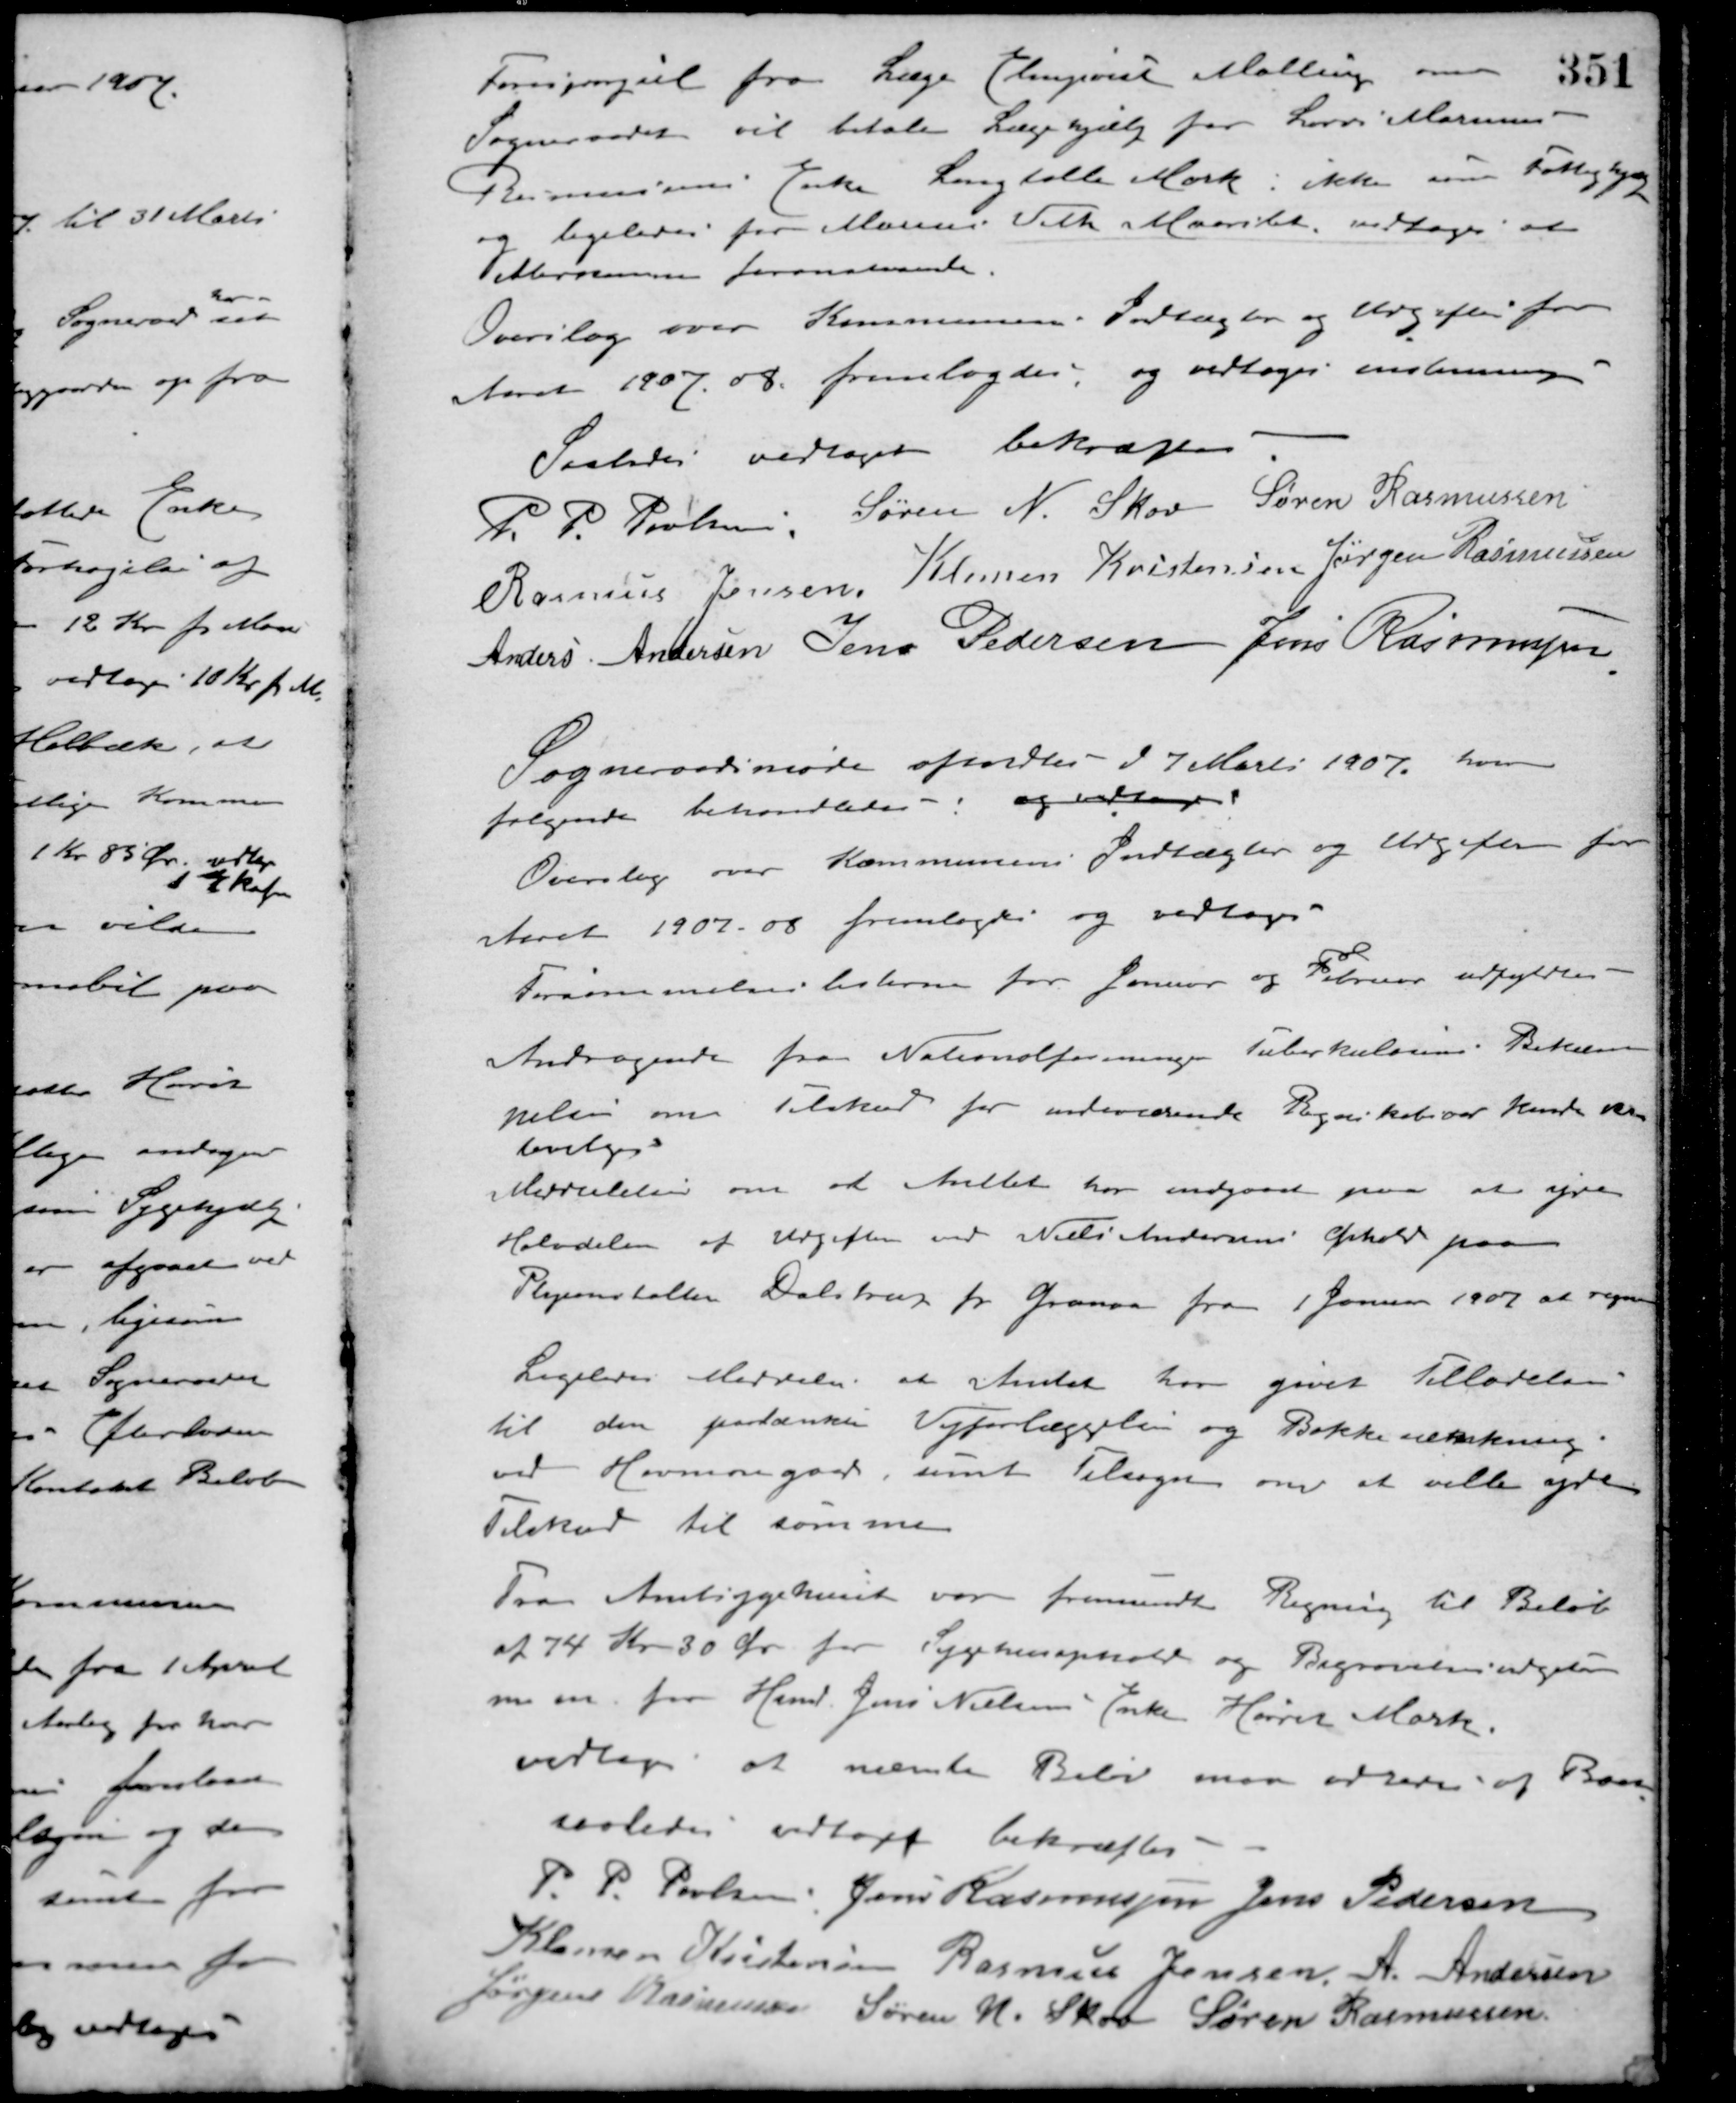
Transskription:
Forespørgsel fra Læge Elmquist Malling om
Sogneraadet vil betale Lægehjælp for Lars Marius
Rasmussens Enke Langballe Mark : ikke som Fattighjælp
og ligeledes for Marius Vith Maarslet vedtoges at
efterkomme foranstaaende.
Overslag over Kommunens Indtægter og Udgifter for
Aaret 1907. 08 fremlagdes, og vedtoges enstemmigt
Saaledes vedtaget bekræftes
P. P. Poulsen Søren N. Skov Søren Rasmussen
Rasmus Jensen Klemen Kristensen Jørgen Rasmussen
Anders Andersen Jens Pedersen Jens Rasmussen
Sogneraadsmøde afholdtes d 7 Marts 1907 hvor
følgende behandledes: og vedtoges
Overslag over Kommunens Indtægter og Udgifter for
Aaret 1907. 08 fremlagdes og vedtoges.
Forsømmelseslisterne for Januar og Februar udfyldtes.
Andragende fra Nationalforeningen Tuberkulosens Bekæm-
pelse om Tilskud for indeværende Regnskabsaar kunde ikke
bevilges.
Meddelelse om at Amtet har indgaaet paa at yde
Halvdelen af Udgiften ved Niels Andersens Ophold paa
Plejeanstalten Dalstrup pr. Granaa fra 1 Januar 1907 at regne.
Ligeledes Meddeles at Amtet har givet Tilladelse
til den paatænkte Vejforlæggelse og Bakkenedsænkning
ved Havmosegaard samt Tilsagn om at ville yde
Tilskud til samme.
Fra Amtsygehuset var fremsendt Regning til Beløb
af 74 Kr. 30 Øre for Sygehusophold og Begravelsesudgift
m. m. for Hmd. Jens Nielsens Enke Hørret Mark.
vedtoges at nævnte Beløb maa udredes af Barn.
saaledes vedtaget bekræftes
P. P. Poulsen Jens Rasmussen Jens Pedersen
Klemen Kristensen Rasmus Jensen A. Andersen
Jørgens Rasmussen Søren N. Skov Søren Rasmussen